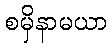
စမှိနာမယာ